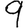
Digit: 9